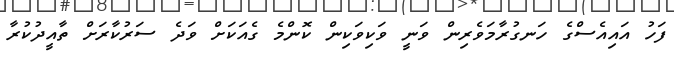
ފަހު އައިއެސްގެ ހަނގުރާމަވެރިން ވަނީ ވަކިވަކިން ކޮންމެ ގެއަކަށް ވަދެ ސަރުކާރަށް ތާއީދުކުރާ